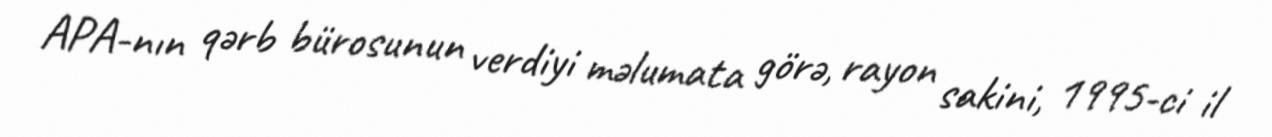
APA-nın qərb bürosunun verdiyi məlumata görə, rayon sakini, 1995-ci il